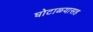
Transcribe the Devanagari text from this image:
घोटाळ्यासह